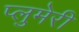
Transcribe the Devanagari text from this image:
प्लुमेरी